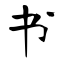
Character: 书